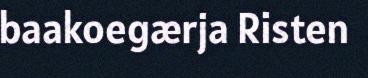
baakoegærja Risten